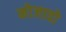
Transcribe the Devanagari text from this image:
मोजावो